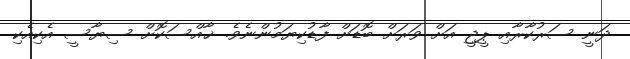
ދަނީ ސަރުކާރާއި ޕީޖީ އަށް ވަރަށް ބޮޑަށް ފާޑުކިޔަމުންނެވެ. ޚާއްސަކޮށް ސިޔާސީ އެކިއެކި